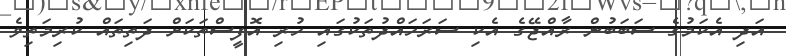
އަދި އެކަމުގެ ސަބަބުން ރާއްޖޭގެ އެކި ސަރަހައްދުތަކުގައި ހުރި އޮފީސްތަކަށް ދަތިތައް ކުރިމަތިވެ